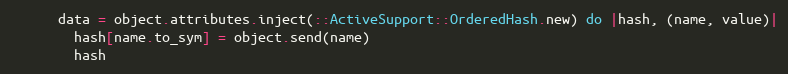
Language: Ruby
      data = object.attributes.inject(::ActiveSupport::OrderedHash.new) do |hash, (name, value)|
        hash[name.to_sym] = object.send(name)
        hash